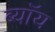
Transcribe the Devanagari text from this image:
ब्यॉय